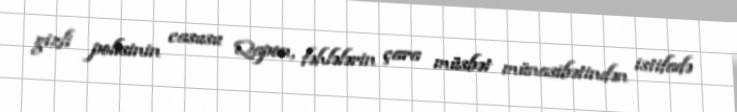
gizli polisinin casusu Qapon, fəhlələrin çara müsbət münasibətindən istifadə